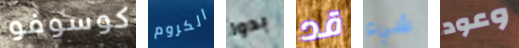
كوسوفو الكروم بدوا قد شيء وعود